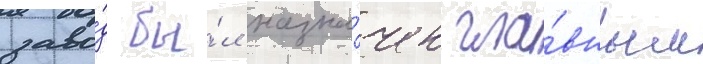
заво́д бы́л назна́чен гла́вным